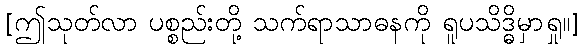
[ဤသုတ်လာ ပစ္စည်းတို့ သက်ရာသာဓနကို ရူပသိဒ္ဓိမှာရှု။]